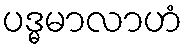
ပဒ္မမာလာဟံ